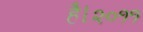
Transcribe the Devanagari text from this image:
है।२०११